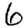
Digit: 6